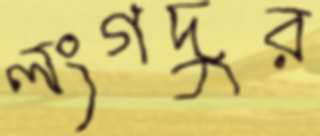
লংগদুর